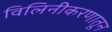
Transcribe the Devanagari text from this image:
विलिनीकरणातून